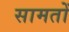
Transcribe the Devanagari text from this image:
सामतों